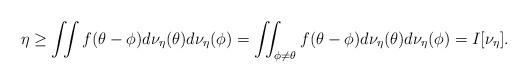
LaTeX: \begin{align*} \eta \geq \iint f(\theta - \phi)d \nu_\eta(\theta) d\nu_\eta(\phi) =\iint_{\phi \neq \theta} f(\theta - \phi)d \nu_\eta(\theta) d\nu_\eta(\phi) = I[\nu_\eta]. \end{align*}